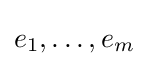
e_{1},\ldots ,e_{m}